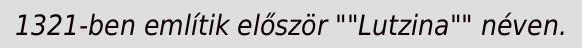
1321-ben említik először ""Lutzina"" néven.